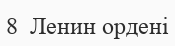
8  Ленин ордені